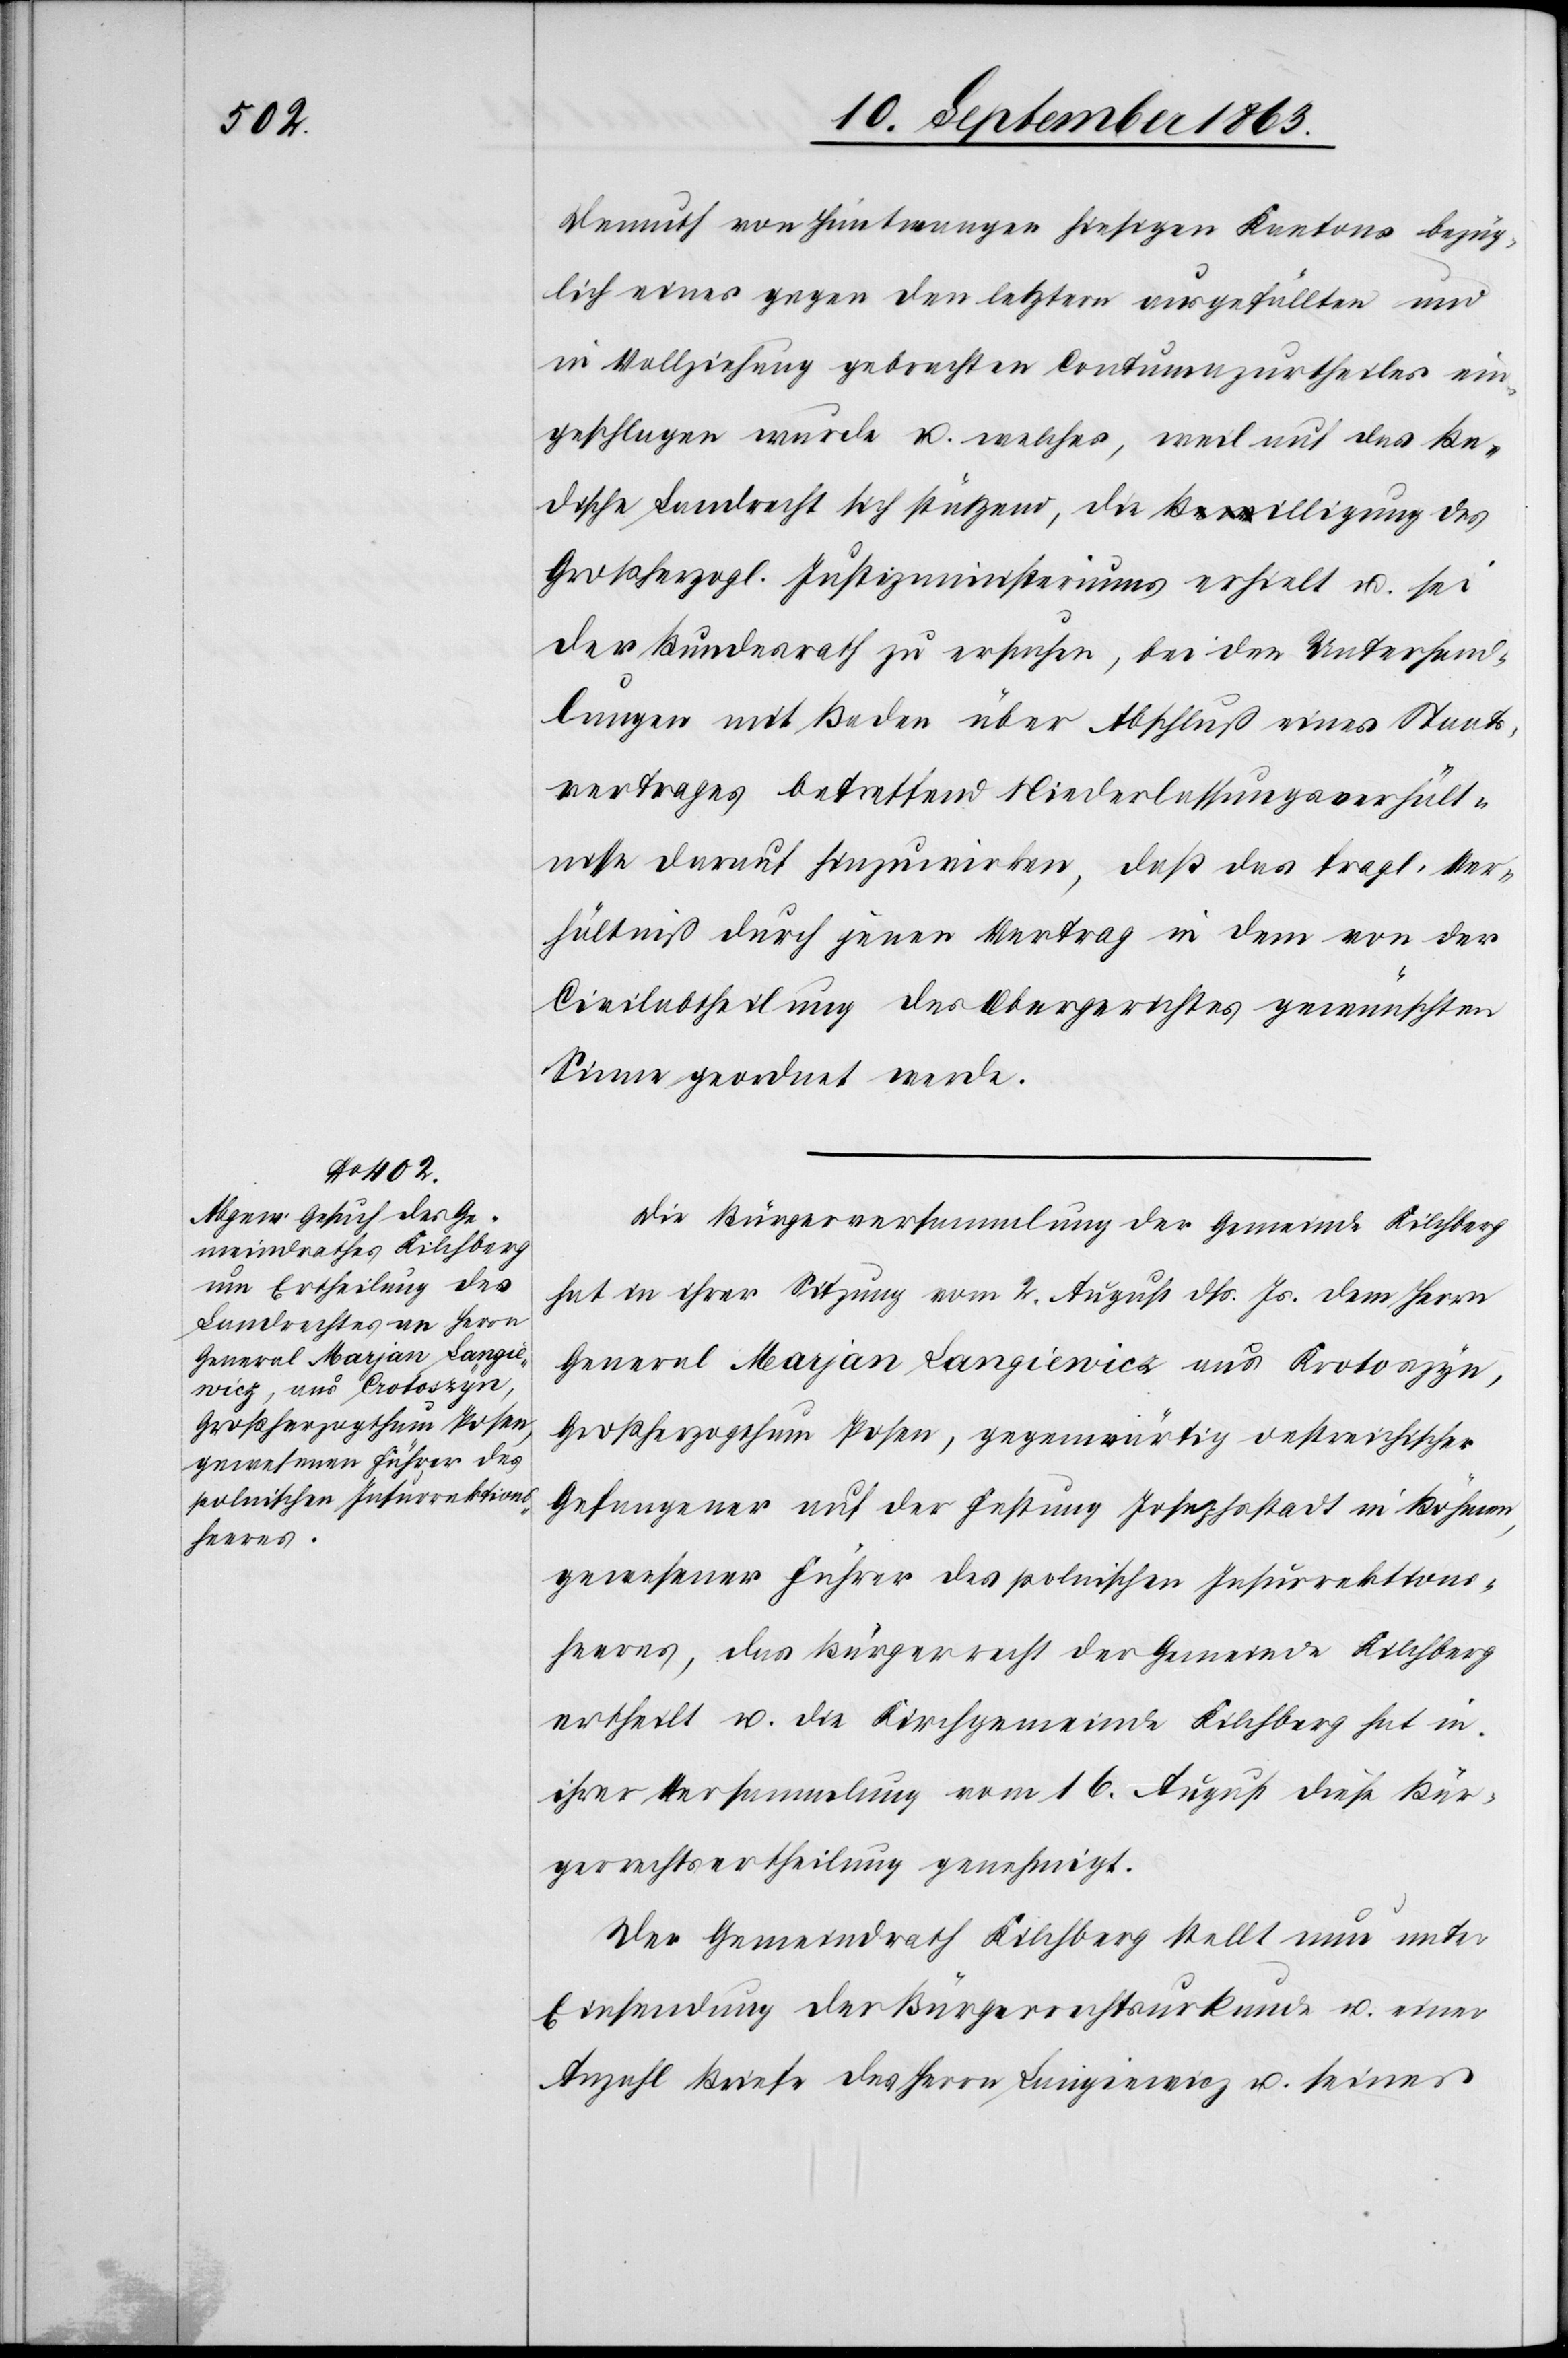
Demuth von Hüntwangen hiesigen Kantons bezüg¬
lich eines gegen den letztern ausgefällten und
in Vollziehung gebrachten Contumazurtheiles ein¬
geschlagen wurde u. welches, weil auf das Ba¬
dische Landrecht sich stützend, die a-Bewilligung
Großherzgl. Justizministeriums erhielt u. sei
der Bundesrath zu ersuchen, bei den Unterhand¬
lungen mit Baden über Abschluß eines Staats¬
vertrages betreffend Niederlassungsverhält¬
nisse darauf hinzuwirken, daß das fragl. Ver¬
hältniß durch jenen Vertrag in dem von der
Civilabtheilung des Obergerichtes gewünschten
Sinne geordnet werde.
Die Bürgerversammlung der Gemeinde Kilchberg
hat in ihrer Sitzung vom 2. August dß. Js. dem Herrn
General Marjan Langiewicz aus Krotoszyn,
Großherzogthum Posen, gegenwärtig oestreichischer
Gefangener auf der Festung Josephsstadt in Böhmen,
gewesener Führer des polnischen Insurrektions¬
heeres, das Bürgerrecht der Gemeinde Kilchberg
ertheilt u. die Kirchgemeinde Kilchberg hat in
ihrer Versammlung vom 16. August diese Bür¬
gerrechtsertheilung genehmigt.
Der Gemeindrath Kilchberg stellt nun unter
Einsendung der Bürgerrechtsurkunde u. einer
Anzahl Briefe des Herrn Langiewicz u. seines